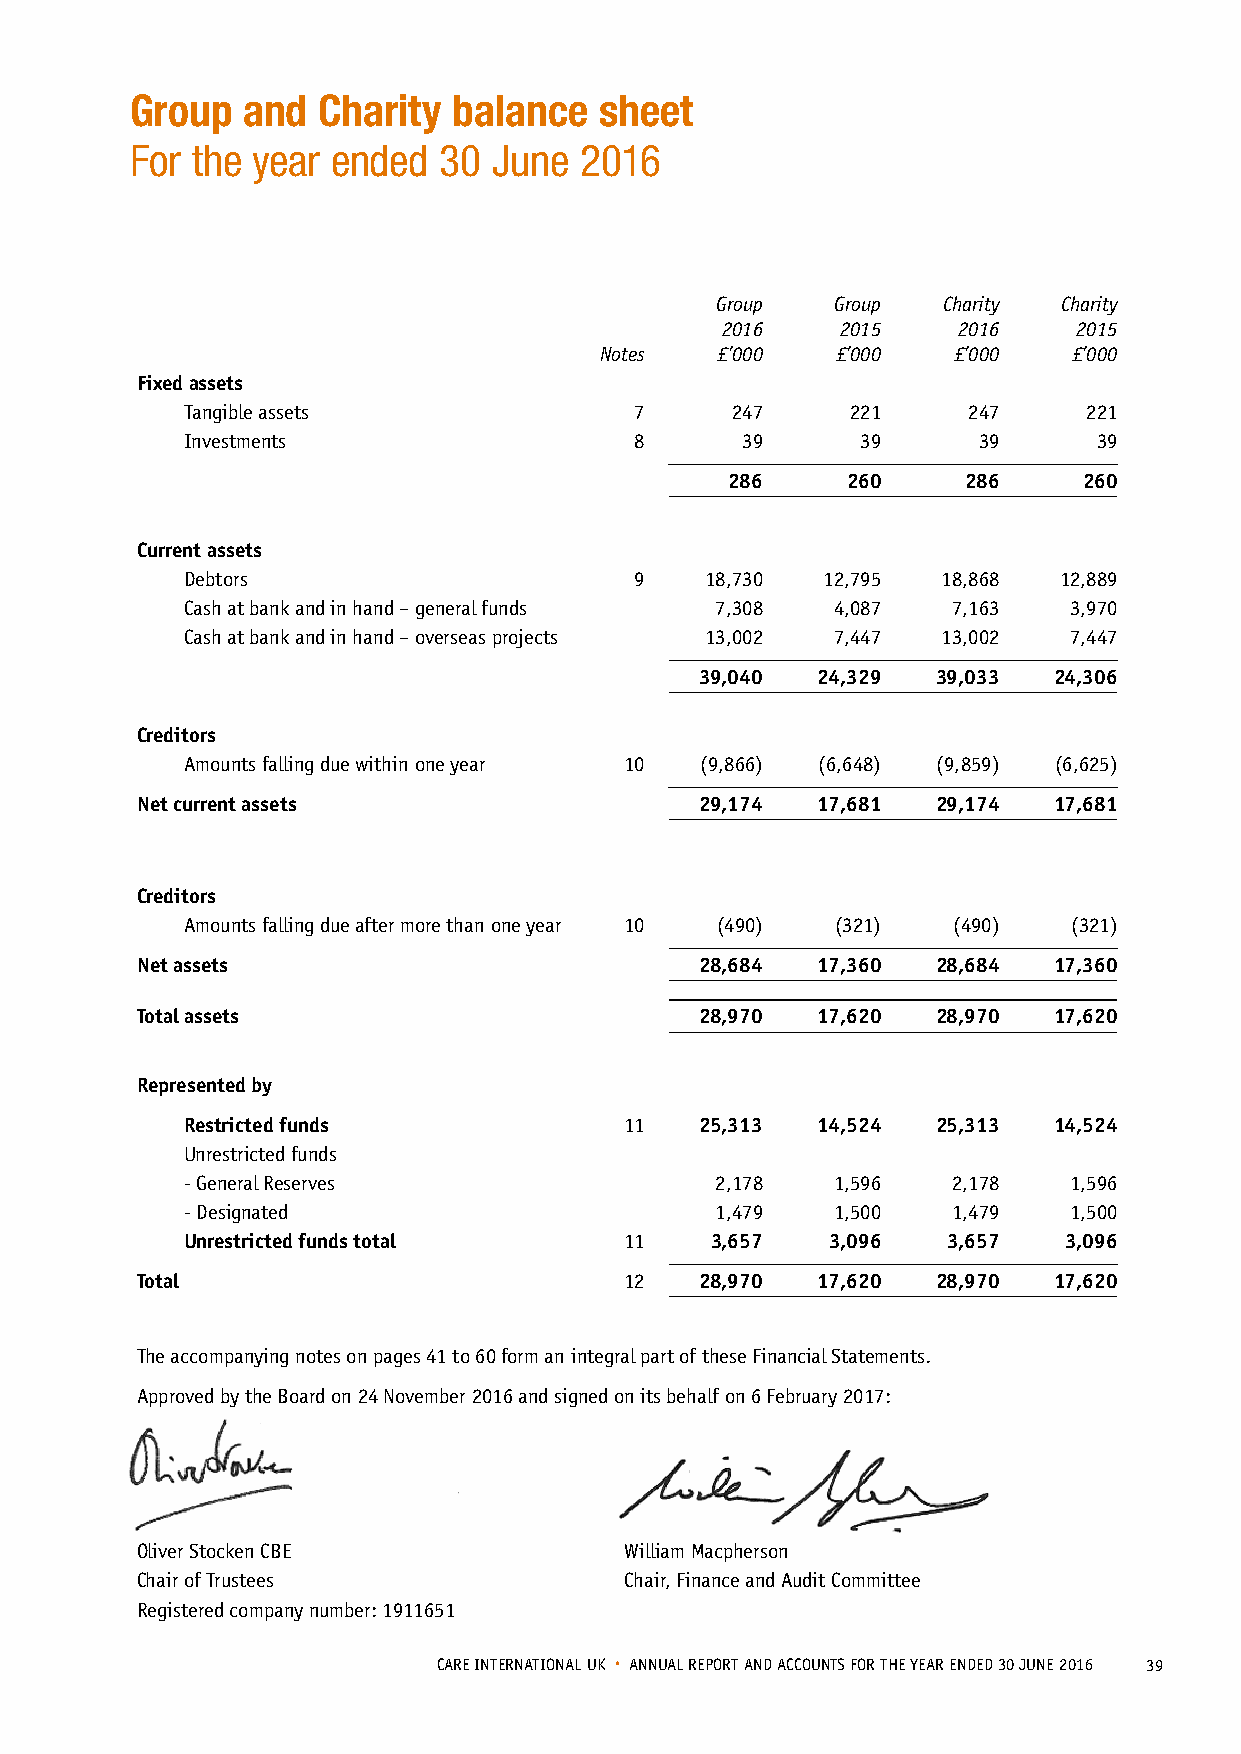
Group  and  Charity  balance   sheet
 For the year ended  30  June 2016
 Group   Group  Charity Charity
 2016    2015   2016    2015
 Notes  £’000   £’000   £’000   £’000
 Fixed assets
 Tangible assets               7     247     221     247     221
 Investments                   8      39      39      39      39
 286     260     286     260
 Current assets
 Debtors                       9    18,730 12,795  18,868  12,889
 Cash at bank and in hand – general funds 7,308 4,087 7,163 3,970
 Cash at bank and in hand – overseas projects 13,002 7,447 13,002 7,447
 39,040  24,329  39,033  24,306
 Creditors
 Amounts falling due within one year 10 (9,866) (6,648) (9,859) (6,625)
 Net current assets                   29,174  17,681  29,174  17,681
 Creditors
 Amounts falling due after more than one year 10 (490) (321) (490) (321)
 Net assets                           28,684  17,360  28,684  17,360
 Total assets                         28,970  17,620  28,970  17,620
 Represented by
 Restricted funds             11   25,313  14,524  25,313  14,524
 Unrestricted funds
 - General Reserves                 2,178   1,596   2,178   1,596
 - Designated                       1,479   1,500   1,479   1,500
 Unrestricted funds total     11    3,657   3,096   3,657  3,096
 Total                           12   28,970  17,620  28,970  17,620
 The accompanying notes on pages 41 to 60 form an integral part of these Financial Statements.
 Approved by the Board on 24 November 2016 and signed on its behalf on 6 February 2017:
 Oliver Stocken CBE              William Macpherson
 Chair of Trustees               Chair, Finance and Audit Committee
 Registered company number: 1911651
 CARE INTERNATIONAL UK • ANNUAL REPORT AND ACCOUNTS FOR THE YEAR ENDED 30 JUNE 2016 39